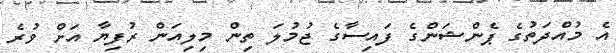
އެ މުއްދަތުގެ ޕެންޝަންގެ ފައިސާގެ ޖުމުލަ ތިން މިލިއަން ރުފިޔާ އަށް ވުރެ